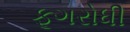
ફૂગરોધી